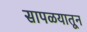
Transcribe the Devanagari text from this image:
सापळयातून